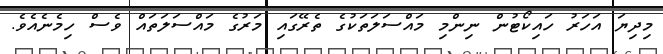
މިދިޔަ އަހަރު ހައިކޯޓުން ނިންމި މައްސަލަތަކުގެ ތެރޭގައި މަރުގެ މައްސަލަތައް ވެސް ހިމެނެއެވެ.